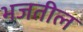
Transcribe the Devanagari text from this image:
भजतील